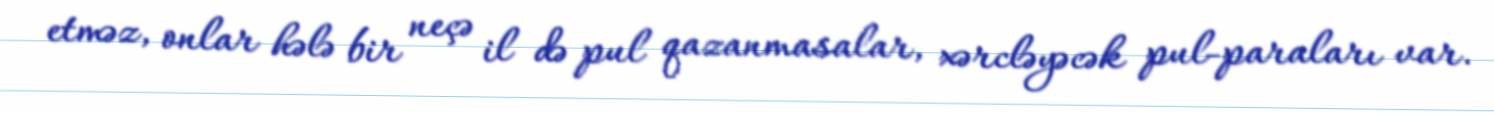
etməz, onlar hələ bir neçə il də pul qazanmasalar, xərcləyəcək pul-paraları var.